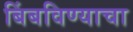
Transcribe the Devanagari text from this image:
बिंबविण्याचा